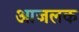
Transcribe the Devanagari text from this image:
आजलक